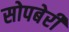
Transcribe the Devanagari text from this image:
सोपबेरी